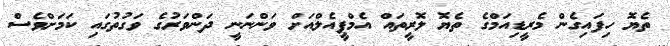
ތެޔޮ ހިފައިގެން މެރީޑިއަމްގެ ތެޔޮ ލޮރީތައް އެމްޕީއެލްއަށް ވަންނަނީ ދަންވަރުގެ ވަގުތުގައި ކަމަށްވެސް